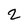
Character: 2